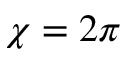
\chi = 2 \pi